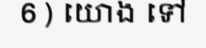
6 ) យោង ទៅ